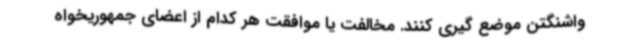
واشنگتن موضع گیری کنند. مخالفت یا موافقت هر کدام از اعضای جمهوریخواه